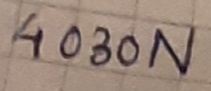
Text: 4030N